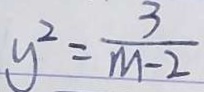
y ^ { 2 } = \frac { 3 } { m - 2 }